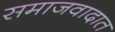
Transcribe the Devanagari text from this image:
समाजवादात